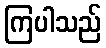
ကြပါသည်